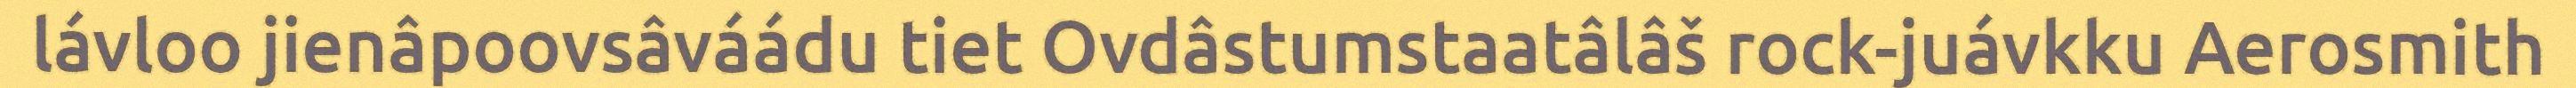
lávloo jienâpoovsâváádu tiet Ovdâstumstaatâlâš rock-juávkku Aerosmith